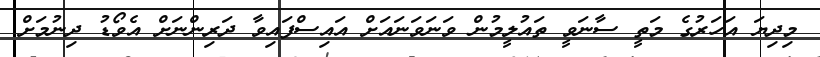
މިދިޔަ އަހަރުގެ މަތީ ސާނަވީ ތައުލީމުން ވަނަވަނައަށް އައިސްފައިވާ ދަރިންނަށް އެވޯޑު ދިނުމަށް